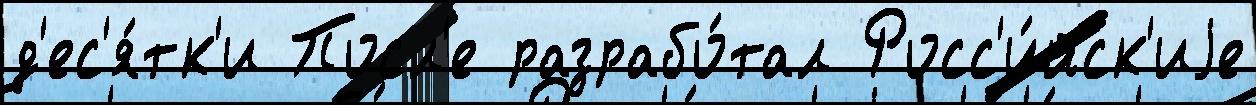
д'ес'я́тк'и Посл'е разрабо́тал Росс'и́йск'иjе